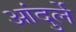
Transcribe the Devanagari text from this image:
आंदुर्ले